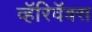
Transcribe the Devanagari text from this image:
व्हॅरिवॅक्स